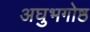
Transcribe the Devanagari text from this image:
अघुभगोष्ठ